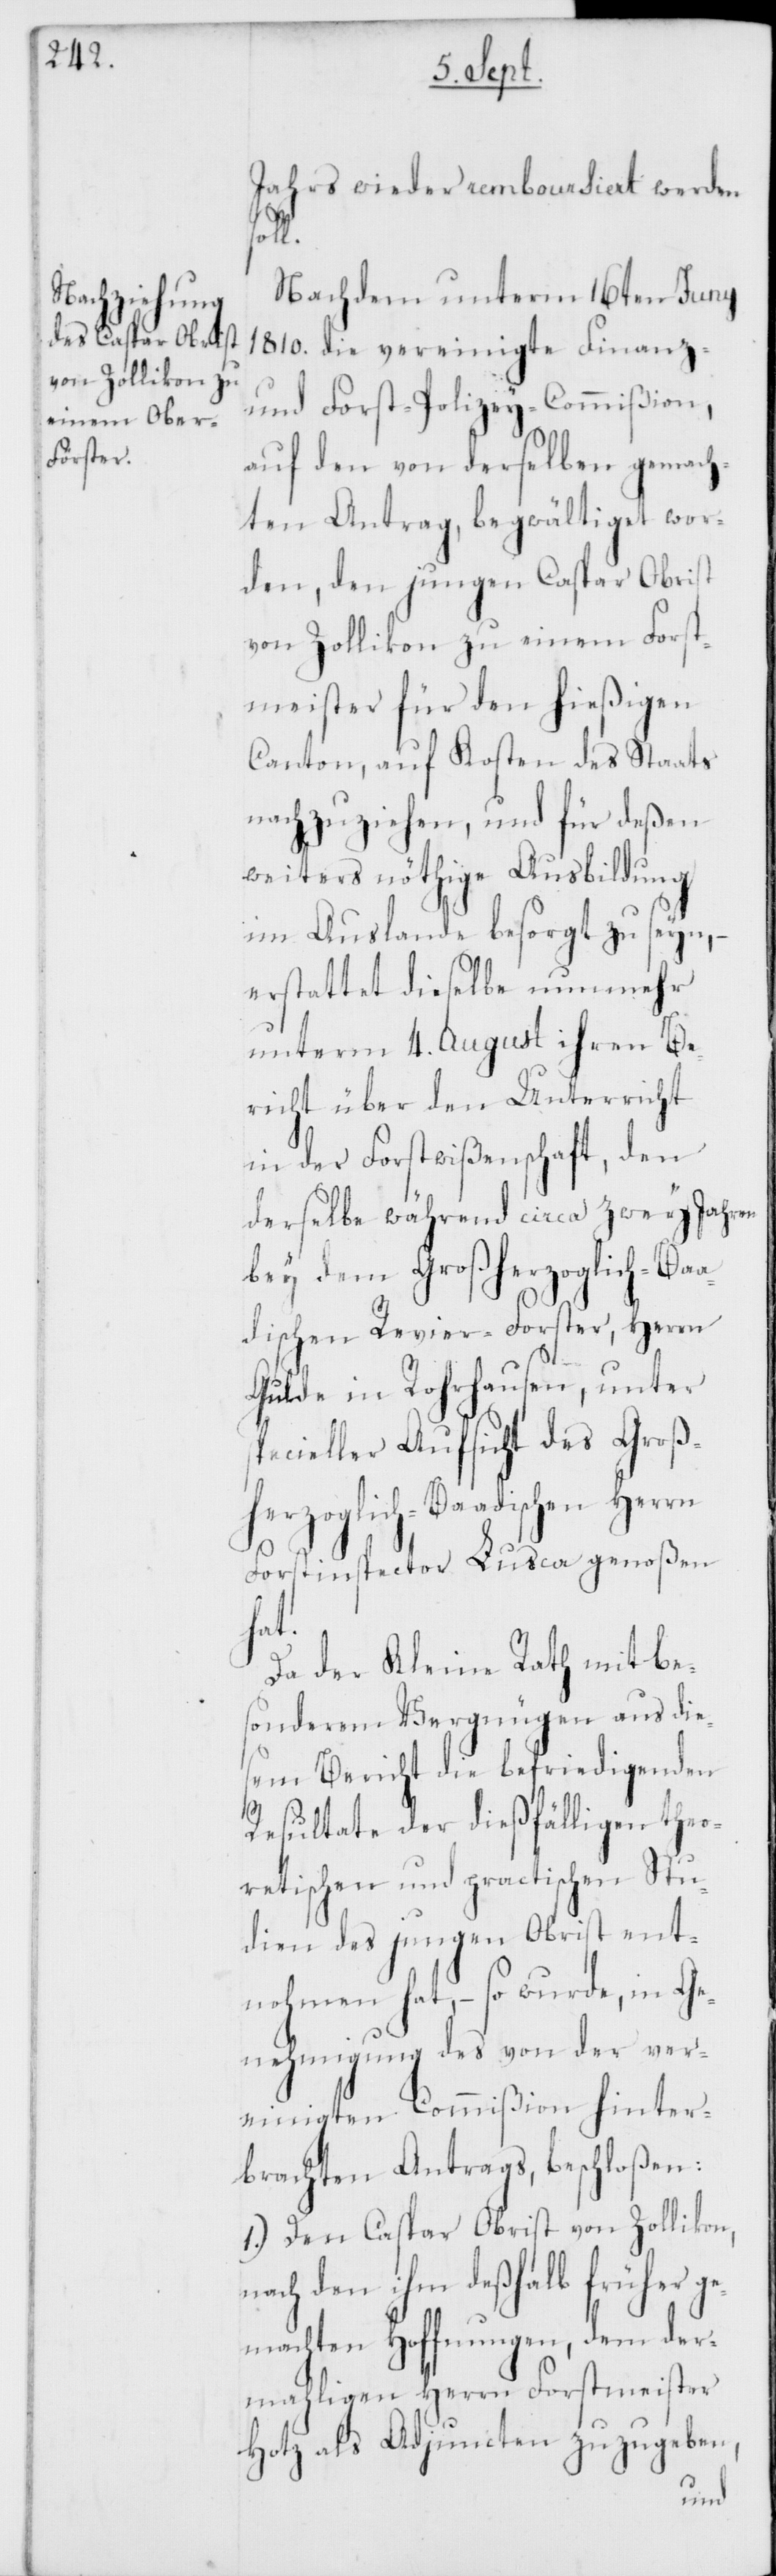
Jahrs wieder remboursiert werden
ge¬
Nachdem unterm 16ten Juny
1810. die vereinigte Finanz-
und Forst-Polizey-Commißion,
auf den von derselben gemach¬
ten Antrag, begwältiget wor¬
den, den jungen Caspar Obrist
von Zollikon zu einem Forst¬
meister für den hießigen
Canton, auf Kosten des Staats
nachzuziehen, und für deßen
weiters nöthige Ausbildung
im Auslande besorgt zu seyn,
erstattet dieselbe nunmehr
unterm 4. August ihren Be¬
richt über den Unterricht
in der Forstwißenschaft, den
derselbe während circa zwey Jahren
bey dem Großherzoglich-Baa¬
dischen Revier-Forster, Herrn
Gulde in Rohrhausen, unter
specieller Aufsicht des Groß¬
herzoglich-Baadischen Herrn
Forstinspector Lusca genoßen
hat.
Da der Kleine Rath mit be¬
sonderem Vergnügen aus die¬
sem Bericht die befriedigenden
Resultate der dießfälligen theo¬
retischen und practischen Stu¬
dien des jungen Obrist ent¬
nohmen hat, – so wurde, in Ge¬
nehmigung des von der ver¬
einigten Commißion hinter¬
brachten Antrags beschloßen:
1.) Den Caspar Obrist von Zollikon,
ach den ihm deßhalb früher
machten Hoffnungen, dem der¬
mahligen Herrn Forstmeister
Hotz als Adjuncten zuzugeben,